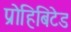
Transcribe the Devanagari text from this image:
प्रोहिबिटेड